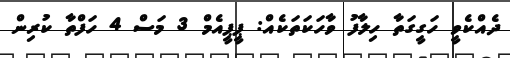
ދެއްކެވީ ހަގީގަތާ ހިލާފު ވާހަކަތަކެއް: ޕީޕީއެމް 3 މަސް 4 ހަފްތާ ކުރިން